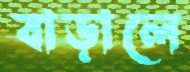
বাড়ালে